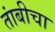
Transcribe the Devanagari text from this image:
तांबीचा